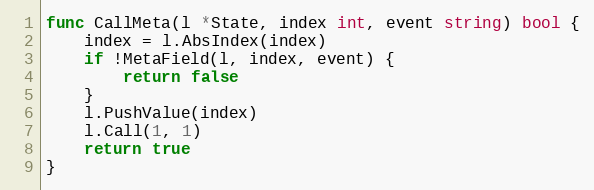
Language: Go
func CallMeta(l *State, index int, event string) bool {
	index = l.AbsIndex(index)
	if !MetaField(l, index, event) {
		return false
	}
	l.PushValue(index)
	l.Call(1, 1)
	return true
}